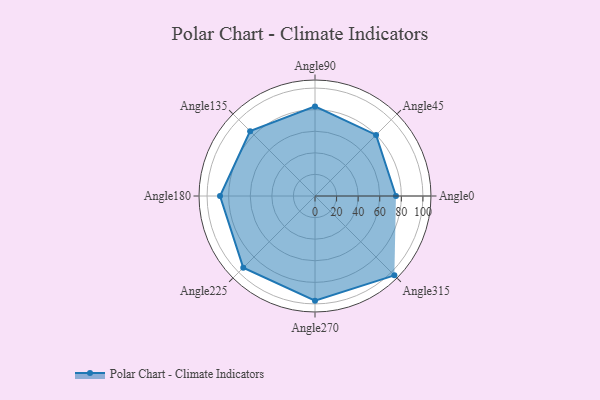
{"axis": {"x": "Angle", "y": "Radius"}, "legend": [""], "data": [{"x": "Angle0", "y": 75.0, "type": ""}, {"x": "Angle45", "y": 80.0, "type": ""}, {"x": "Angle90", "y": 83.0, "type": ""}, {"x": "Angle135", "y": 85.0, "type": ""}, {"x": "Angle180", "y": 88.0, "type": ""}, {"x": "Angle225", "y": 94.0, "type": ""}, {"x": "Angle270", "y": 97.0, "type": ""}, {"x": "Angle315", "y": 104.0, "type": ""}]}